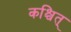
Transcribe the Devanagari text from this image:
कश्चित्‌